Annual report of lunatic asylums [Bombay] - 1912-1922
Year: 1912
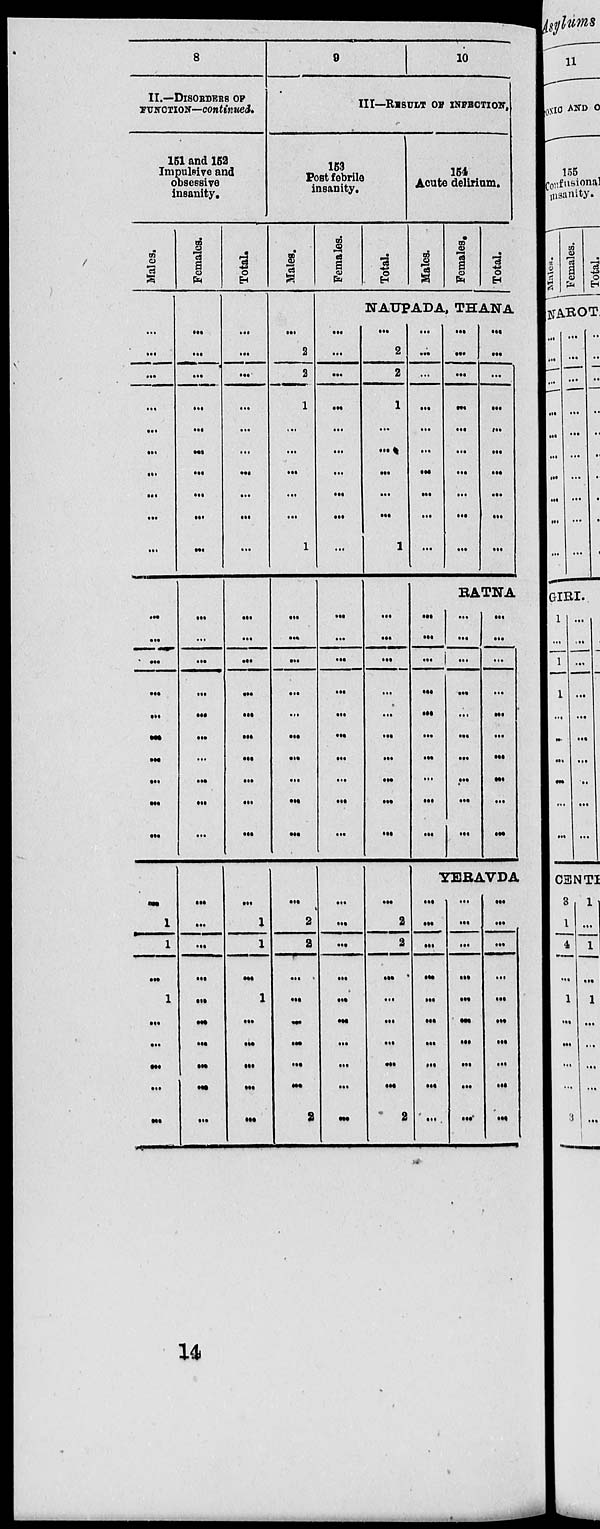
8
II.—DISORDERS OF
FUNCTION—continued.
151 and 152
Impulsive and
obsessive
insanity.
Males.
...
...
...
...
...
...
...
...
...
...
...
...
...
...
...
...
...
...
...
...
...
1
1
...
1
...
...
...
...
...
Females.
...
...
...
...
...
...
...
...
...
...
...
...
...
...
...
...
...
...
...
...
...
...
...
...
...
...
...
...
...
...
Total.
...
...
...
...
...
...
...
...
...
...
...
...
...
...
...
...
...
...
...
...
...
1
1
...
1
...
...
...
...
...
9
10
III—RESULT OF INPECTION.
153
Post febrile
insanity.
Males.
...
2
2
1
...
...
...
...
...
1
...
...
...
...
...
...
...
...
...
...
...
2
2
...
...
...
...
...
...
2
Females.
Total.
154
Acute delirium.
Males.
Females.
Total.
NAUPADA, THANA
...
...
...
...
...
...
...
...
...
...
...
...
...
...
...
...
...
...
...
...
...
...
...
...
...
...
...
...
...
...
...
2
2
1
...
...
...
...
...
1
...
...
...
...
...
...
...
...
...
...
...
2
2
...
...
...
...
...
...
2
...
...
...
...
...
...
...
...
...
...
...
...
...
...
...
...
...
...
...
...
...
...
...
...
...
...
...
...
...
...
RATNA
...
...
...
...
...
...
...
...
...
...
...
...
...
...
...
...
...
...
...
...
...
...
...
...
...
...
...
...
...
...
YERAVDA
...
...
...
...
...
...
...
...
...
...
...
...
...
...
...
...
...
...
...
...
...
...
...
...
...
...
...
...
...
...
14